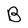
Character: B